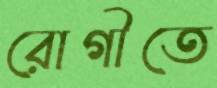
রোগীতে